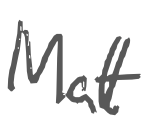
Text: Matt
Cross-out: clean
Writing tool: digital_gray